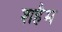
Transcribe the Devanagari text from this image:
शहैम